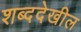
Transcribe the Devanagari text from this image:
शब्ददेखील